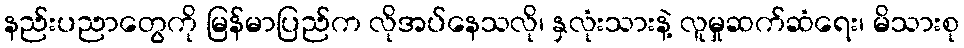
နည်းပညာတွေကို မြန်မာပြည်က လိုအပ်နေသလို၊ နှလုံးသားနဲ့ လူမှုဆက်ဆံရေး၊ မိသားစု